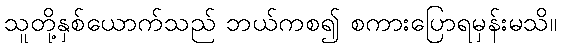
သူတို့နှစ်ယောက်သည် ဘယ်ကစ၍ စကားပြောရမှန်းမသိ။